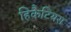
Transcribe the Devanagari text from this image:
हिकैटियस